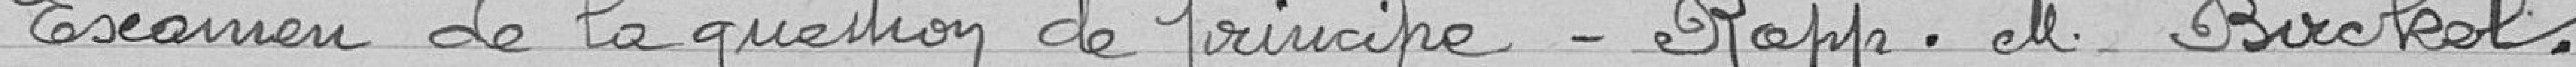
examen de la question de principe - rapporteur monsieur Birckel